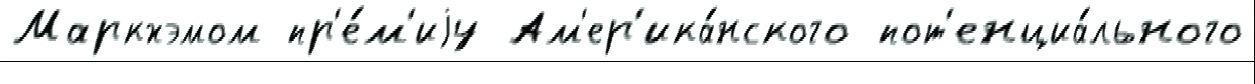
Маркхэмом пр'е́м'иjу Ам'ер'ика́нского пот'енциа́льного